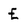
Character: E